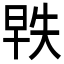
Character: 𬀵